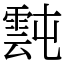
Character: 霕